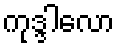
ကုဒ္ဒါလော